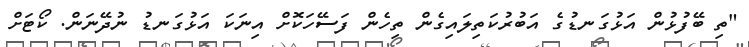
"ތި ބޭފުޅުން އަޅުގަނޑުގެ އަބުރުކަތިލައިގެން ތިހެން ފަސޭހަކޮށް އިނަކަ އަޅުގަނޑު ނުދޭނަން. ކޯޓަށް